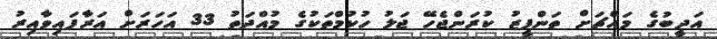
އަދީބުގެ މައްޗަށް ތަންފީޒު ކުރަންޖެހޭ ޖަލު ހުކުމްތަކުގެ މުއްދަތު 33 އަހަރަށް އަރާފައިވާއިރު